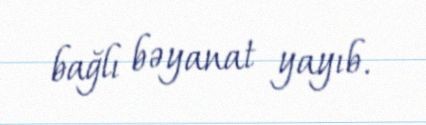
bağlı bəyanat yayıb.